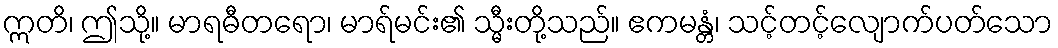
ဣတိ၊ ဤသို့။ မာရဓီတရော၊ မာရ်မင်း၏ သ္မီးတို့သည်။ ဧကမန္တံ၊ သင့်တင့်လျောက်ပတ်သော